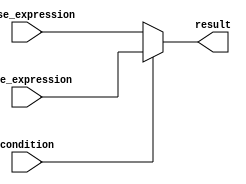
module ternary_operator (
    input wire condition,
    input wire [7:0] true_expression,
    input wire [7:0] false_expression,
    output reg [7:0] result
);

always @* begin
    result = condition ? true_expression : false_expression;
    
end

endmodule